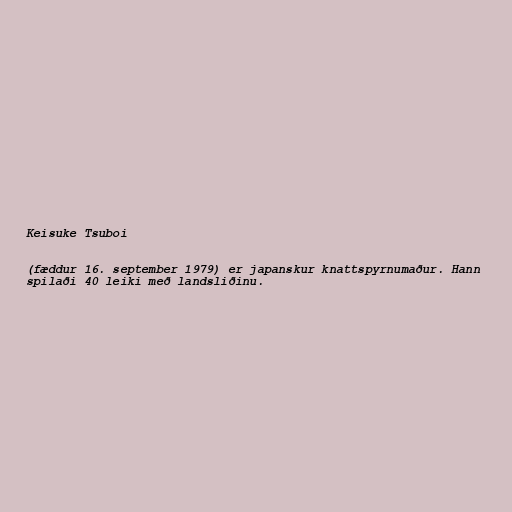
Keisuke Tsuboi

(fæddur 16. september 1979) er japanskur knattspyrnumaður. Hann
spilaði 40 leiki með landsliðinu.